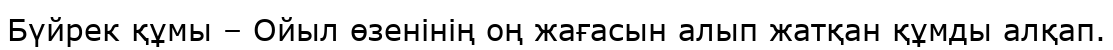
Бүйрек құмы – Ойыл өзенінің оң жағасын алып жатқан құмды алқап.